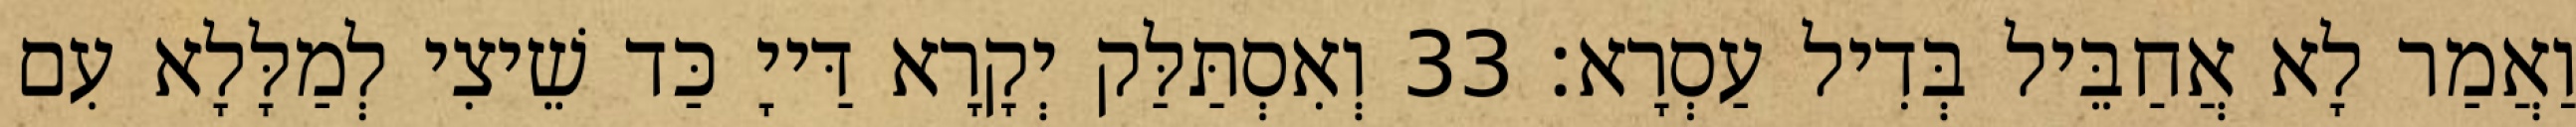
וַאֲמַר לָא אֲחַבֵּיל בְּדִיל עַסְרָא׃ 33 וְאִסְתַּלַּק יְקָרָא דַּייָ כַּד שֵׁיצִי לְמַלָּלָא עִם